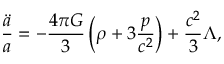
{ \frac { \ddot { a } } { a } } = - { \frac { 4 \pi G } { 3 } } \left( \rho + 3 { \frac { p } { c ^ { 2 } } } \right) + { \frac { c ^ { 2 } } { 3 } } \Lambda ,